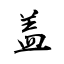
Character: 盖